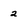
Character: 2